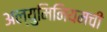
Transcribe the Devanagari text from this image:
अल्युमिनियमची